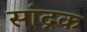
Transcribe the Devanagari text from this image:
सांद्रक